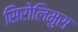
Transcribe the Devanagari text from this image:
सिरोलिमुस